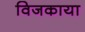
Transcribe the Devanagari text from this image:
विजकाया